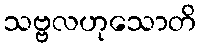
သဗ္ဗလဟုသောတိ